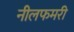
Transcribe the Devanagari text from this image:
नीलफमरी